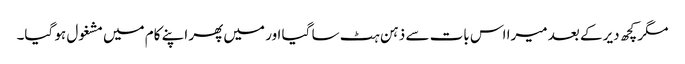
مگر کچھ دیر کے بعد میرا اس بات سے ذہن ہٹ سا گیا اور میں پھر اپنے کام میں مشغول ہو گیا۔